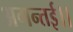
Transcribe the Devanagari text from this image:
अगन्‍तई।।